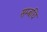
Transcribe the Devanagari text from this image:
सम्बधि